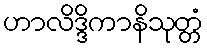
ဟာလိဒ္ဒိကာနိသုတ္တံ